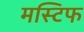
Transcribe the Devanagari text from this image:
मस्टिफ